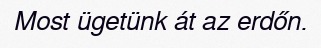
Most ügetünk át az erdőn.